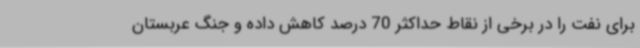
برای نفت را در برخی از نقاط حداکثر 70 درصد کاهش داده و جنگ عربستان